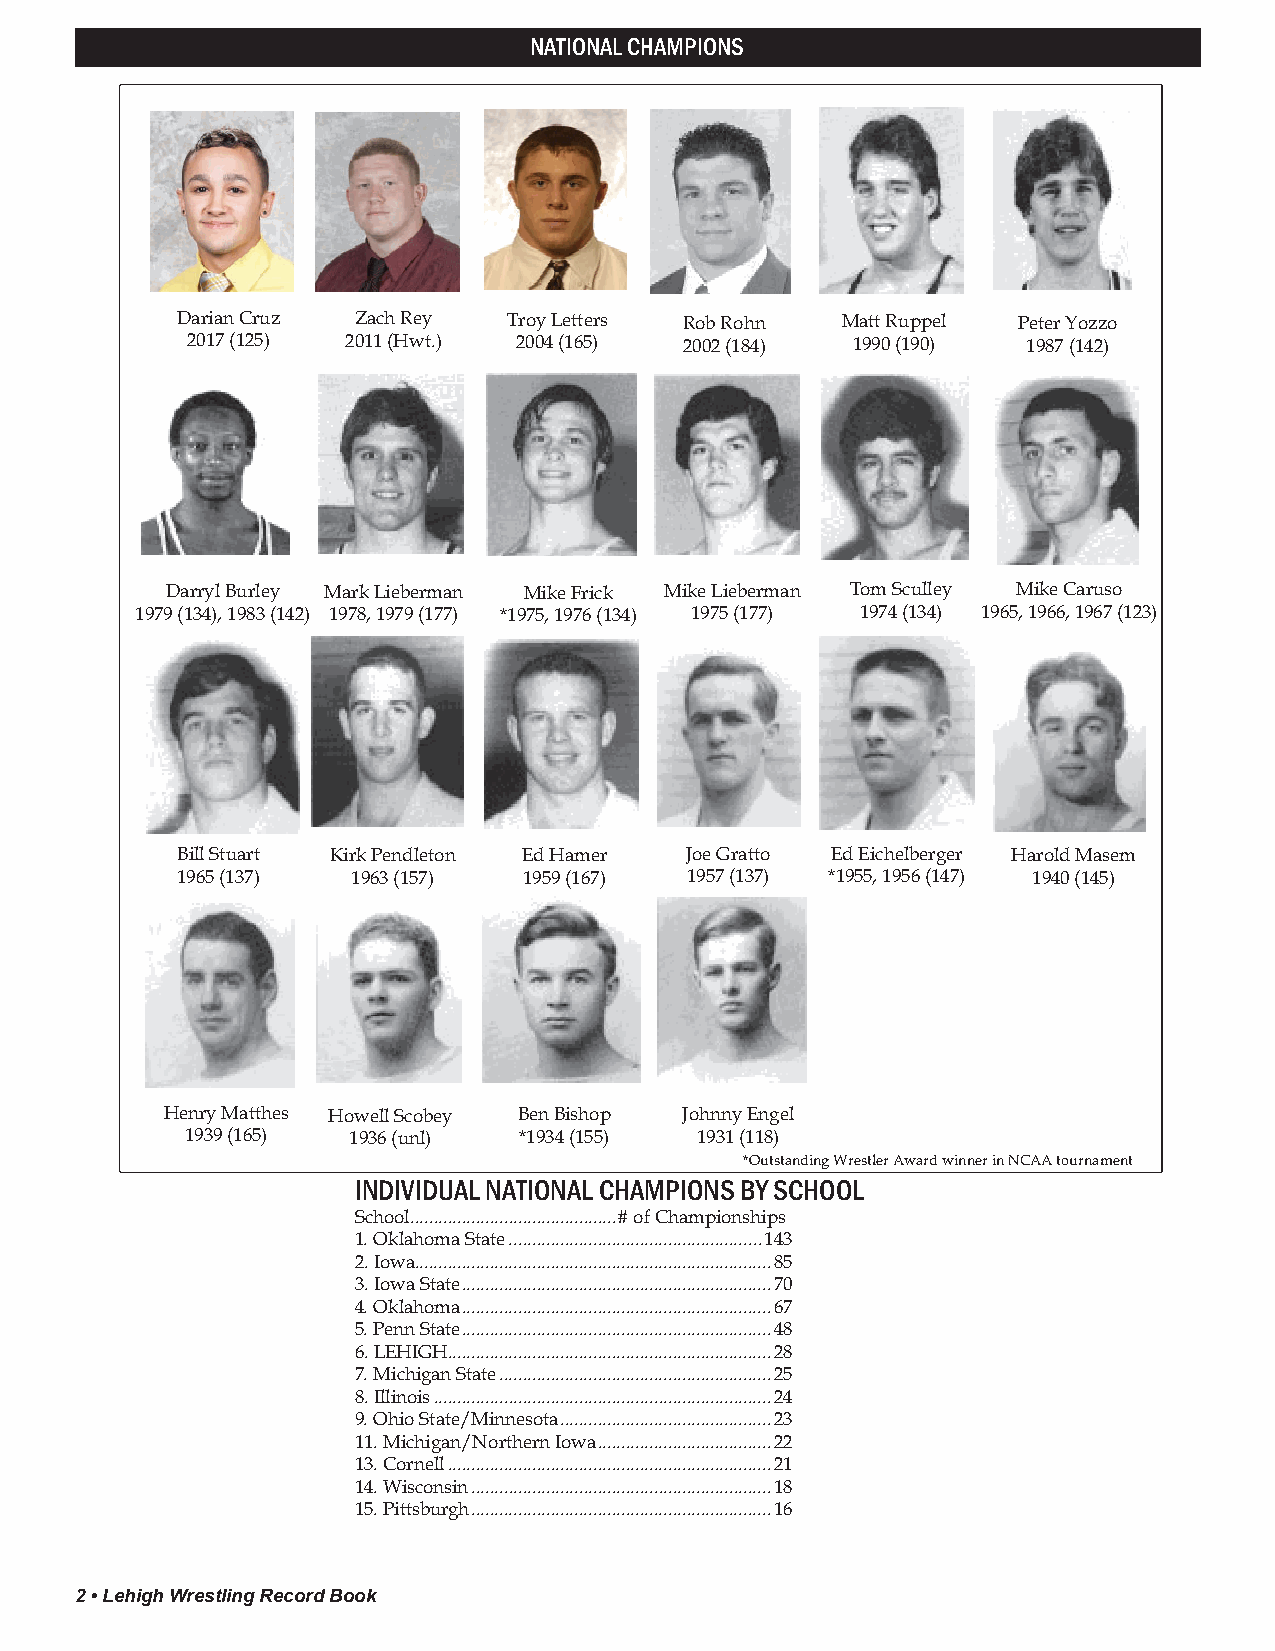
NATIONAL CHAMPIONS
 Darian Cruz Zach Rey  Troy Letters Rob Rohn Matt Ruppel Peter Yozzo
 2017 (125) 2011 (Hwt.) 2004 (165) 2002 (184) 1990 (190) 1987 (142)
 Darryl Burley Mark Lieberman Mike Frick Mike Lieberman Tom Sculley Mike Caruso
 1979 (134), 1983 (142) 1978, 1979 (177) *1975, 1976 (134) 1975 (177) 1974 (134) 1965, 1966, 1967 (123)
 Bill Stuart Kirk Pendleton Ed Hamer Joe Gratto Ed Eichelberger Harold Masem
 1965 (137) 1963 (157)  1959 (167) 1957 (137) *1955, 1956 (147) 1940 (145)
 Henry Matthes Howell Scobey Ben Bishop Johnny Engel
 1939 (165) 1936 (unl) *1934 (155) 1931 (118)
 *Outstanding Wrestler Award winner in NCAA tournament
 INDIVIDUAL NATIONAL CHAMPIONS BY SCHOOL
 School ............................................# of Championships
 1. Oklahoma State ......................................................143
 2. Iowa ............................................................................85
 3. Iowa State ..................................................................70
 4. Oklahoma ..................................................................67
 5. Penn State ..................................................................48
 6. LEHIGH .....................................................................28
 7. Michigan State ..........................................................25
 8. Illinois ........................................................................24
 9. Ohio State/Minnesota .............................................23
 11. Michigan/Northern Iowa .....................................22
 13. Cornell .....................................................................21
 14. Wisconsin ................................................................18
 15. Pittsburgh ................................................................16
 2 • Lehigh Wrestling Record Book